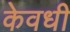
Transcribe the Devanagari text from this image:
केवधी